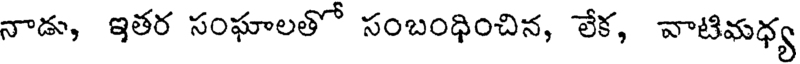
నాడు, ఇతర సంఘాలతో సంబంధించిన, లేక, వాటిమధ్య